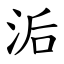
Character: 洉